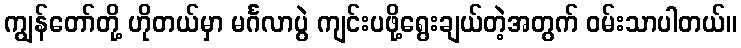
ကျွန်တော်တို့ ဟိုတယ်မှာ မင်္ဂလာပွဲ ကျင်းပဖို့ရွေးချယ်တဲ့အတွက် ဝမ်းသာပါတယ်။